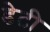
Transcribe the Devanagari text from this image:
डेटी